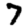
Digit: 7